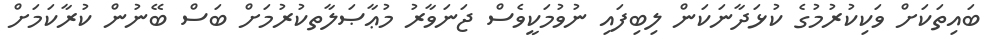
ބައިތަކަށް ވަކިކުރުމުގެ ކުޅަދާނަކަން ލިބިފައި ނުވުމަކީވެސް ޖަނަވާރު މުޢާޞަލާތކުރުމަށް ބަސް ބޭނުން ކުރާކަމަށް